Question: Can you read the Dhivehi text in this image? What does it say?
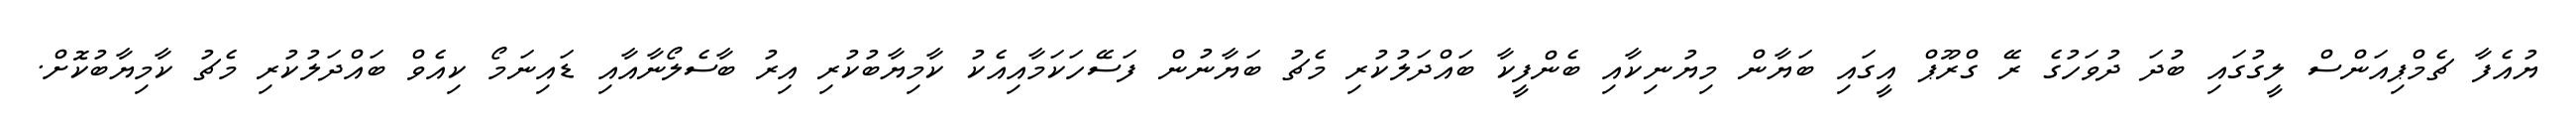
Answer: ޔުއެފާ ޗެމްޕިއަންސް ލީގުގައި ބުދަ ދުވަހުގެ ރޭ ގްރޫޕް އީގައި ބަޔާން މިޔުނިކާއި ބެންފީކާ ބައްދަލުކުރި މެޗު ބަޔާނުން ފަސޭހަކަމާއިއެކު ކާމިޔާބުކުރި އިރު ބާސެލޯނާއާއި ޑައިނަމޯ ކިއެވް ބައްދަލުކުރި މެޗު ކާމިޔާބުކޮށް.